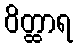
ဝိတ္ထာရ